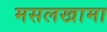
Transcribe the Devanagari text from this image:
मसलखामा